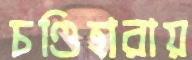
চণ্ডিহারায়